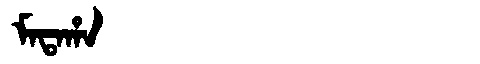
Manchu: ᠮᠠᡨᠠᡥᠠ
Romanization: MATAHA